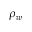
\rho _ { w }